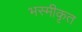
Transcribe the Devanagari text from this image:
भस्मीकृत